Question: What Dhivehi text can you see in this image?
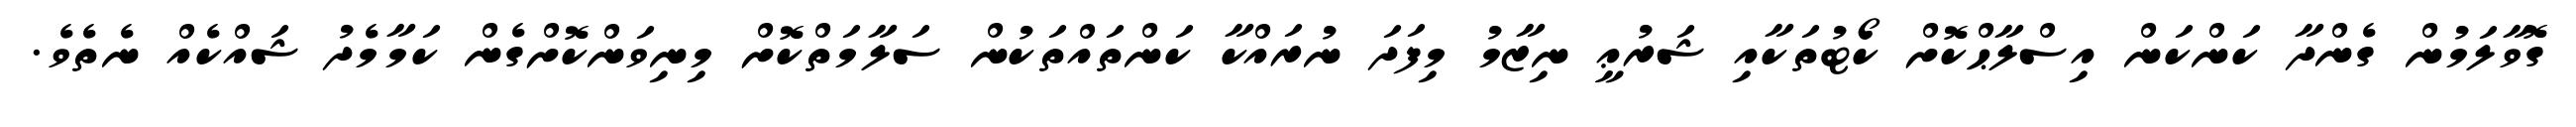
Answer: ގޮވާލަމުން ގެންދާ ކަންކަން އިސްލާޙްކޮށް ކޯޓުތަކާއި ޝަރުޢީ ނިޒާމު މިފަދަ ނުރައްކާ ކަންތައްތަކުން ސަލާމަތްކޮށް މިނިވަންކޮށްގެން ކަމާމެދު ޝައްކެއް ނެތެވެ.